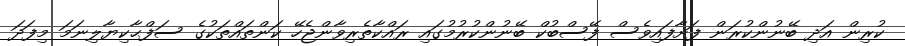
ކުރިން އަދި ބޭނުންކުރަން ފަށާފައިވެސް ފޭސްބުކް ބޭނުންކުރުމުގައި ރައްކާތެރިވާންޖެހޭ ކަންތައްތަކުގެ ސަފްޙާކިޔާލިނަމަ މިފަދަ